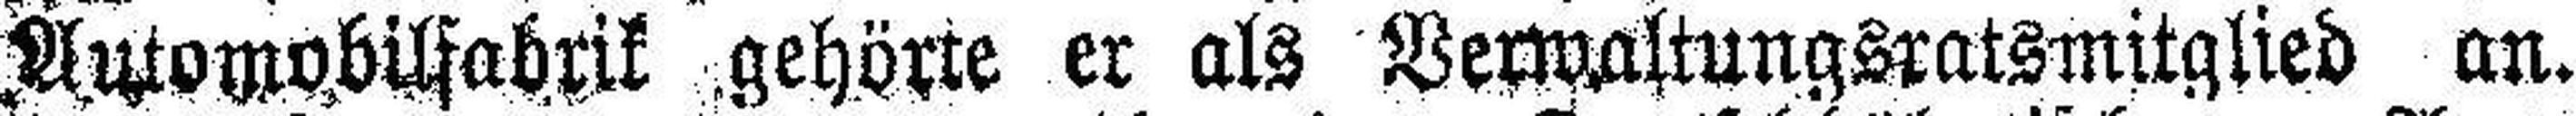
Automobilfabrik gehörte er als Verwaltungsratsmitglied an.